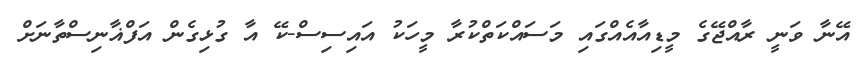
އޭނާ ވަނީ ރާއްޖޭގެ މީޑިއާއެއްގައި މަސައްކަތްކުރާ މީހަކު އައިސިސް-ކޭ އާ ގުޅިގެން އަފްޣާނިސްތާނަށް